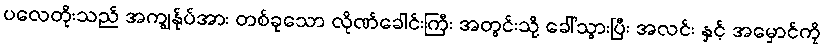
ပလေတိုးသည် အကျွန်ုပ်အား တစ်ခုသော လိုဏ်ခေါင်းကြီး အတွင်းသို့ ခေါ်သွားပြီး အလင်း နှင့် အမှောင်ကို